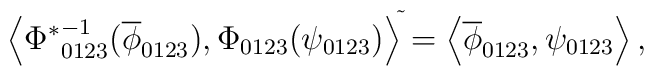
{\left<{\Phi^\ast}^{-1}_{0123}(\overline{\phi}_{0123}),  \Phi_{0123}(\psi_{0123})\right>}^{\tilde{}}  =\left<\overline{\phi}_{0123},\psi_{0123}\right>,